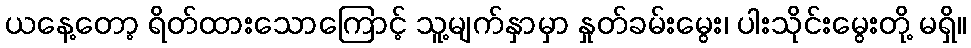
ယနေ့တော့ ရိတ်ထားသောကြောင့် သူ့မျက်နှာမှာ နှုတ်ခမ်းမွေး၊ ပါးသိုင်းမွေးတို့ မရှိ။